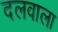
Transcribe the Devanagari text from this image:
दलवाला